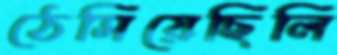
ঠেসিয়েছিলি